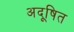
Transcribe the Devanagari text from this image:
अदूषित